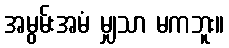
အမွမ်းအမံ မျှသာ မကဘူး။